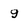
Character: 9